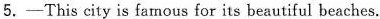
5.—This city is\underline{ famous for }its beautiful beaches.